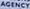
AGINCY